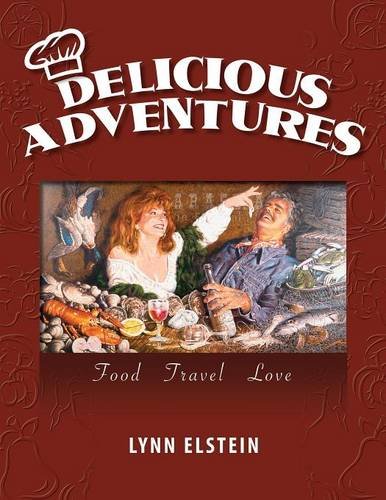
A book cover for Delicious Adventures, Food - Travel - Love; Lynn Elstein; Cookbooks, Food & Wine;